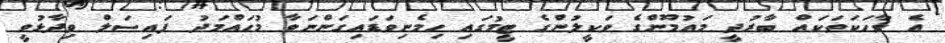
އެ ވާހަކަތަކައް ބާރުދީ މައުމޫންގެ ވަކީލުންގެ ޓީމުގައި ހިމެނިވަޑައިގަންނަވާ މުހައްމަދު ފައިސަލް ވިދާޅުވީ